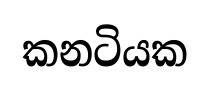
කනටියක